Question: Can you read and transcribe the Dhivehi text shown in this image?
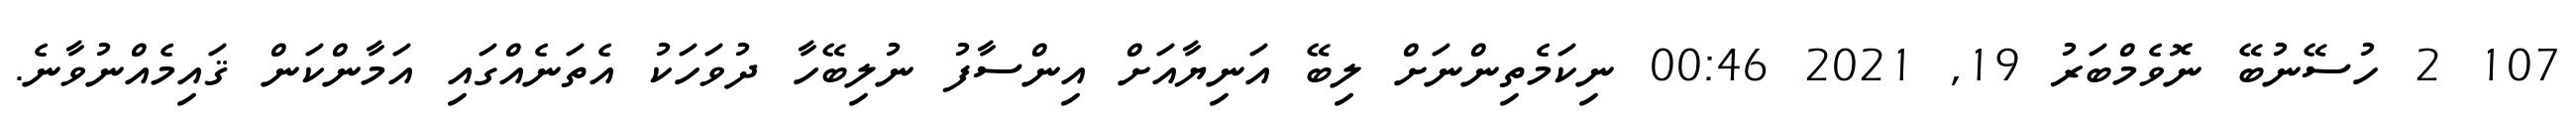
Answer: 107 2 ހުސޭނުބޭ ނޮވެމްބަރު 19, 2021 00:46 ނިކަމެތިންނަށް ލިބޭ އަނިޔާއަށް އިންސާފު ނުލިބޭހާ ދުވަހަކު އެތަނެއްގައި އަމާންކަން ޤައިމެއްނުވާނެ.